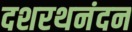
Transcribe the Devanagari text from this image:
दशरथनंदन